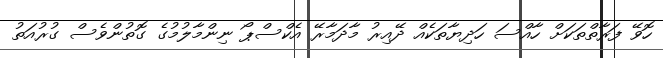
ހޮވޭ ފަރާތްތަކަށް ހާއްސަ ހަދިޔާތަކެއް ދޭއިރު މާދަމާރޭ އެކްސްޕޯ ނިންމާލުމުގެ ގޮތުންވެސް ގުރުއަތު